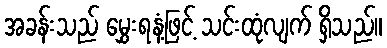
အခန်းသည် မွှေးရနံ့ဖြင့် သင်းထုံလျက် ရှိသည်။